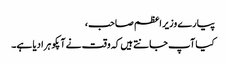
پیارے وزیر اعظم صاحب،
کیا آپ جانتے ہیں کہ وقت نے آپکو ہرا دیا ہے۔